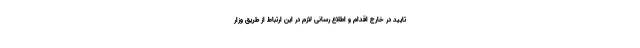
تایید در خارج اقدام و اطلاع رسانی لازم در این ارتباط از طریق وزار